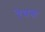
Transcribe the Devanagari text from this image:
रेचना